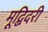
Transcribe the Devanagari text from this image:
मूद्बिदरी